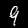
Digit: 9